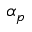
\alpha _ { p }